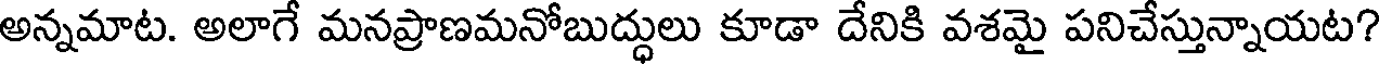
అన్నమాట. అలాగే మనప్రాణమనోబుద్ధులు కూడా దేనికి వశమై పనిచేస్తున్నాయట?